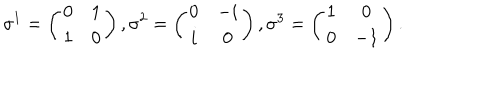
\sigma ^ { 1 } = \left( \begin{array} { c c } { { 0 } } & { { 1 } } \\ { { 1 } } & { { 0 } } \\ \end{array} \right) , \sigma ^ { 2 } = \left( \begin{array} { c c } { { 0 } } & { { - i } } \\ { { i } } & { { 0 } } \\ \end{array} \right) , \sigma ^ { 3 } = \left( \begin{array} { c c } { { 1 } } & { { 0 } } \\ { { 0 } } & { { - 1 } } \\ \end{array} \right) .